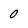
Character: 0